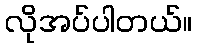
လိုအပ်ပါတယ်။